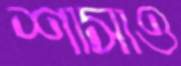
শাসাও